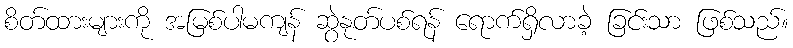
စိတ်ထားများကို အမြစ်ပါမကျန် ဆွဲနုတ်ပစ်ရန် ရောက်ရှိလာခဲ့ ခြင်းသာ ဖြစ်သည်။